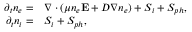
\begin{array} { r l } { \partial _ { t } n _ { e } = } & { { } \nabla \cdot ( \mu n _ { e } { \bf E } + D \nabla n _ { e } ) + S _ { i } + S _ { p h } , } \\ { \partial _ { t } n _ { i } = } & { { } S _ { i } + S _ { p h } , } \end{array}